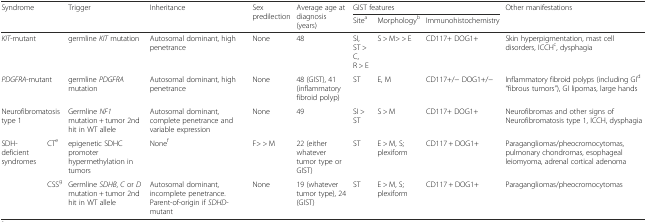
| <ROWSPAN=2-COLSPAN=2> Syndrome | <ROWSPAN=2> Trigger | <ROWSPAN=2> Inheritance | <ROWSPAN=2> Sex predilection | <ROWSPAN=2> Average age at diagnosis (years) | <COLSPAN=3> GIST features | <ROWSPAN=2> Other manifestations |
 | Sitea | Morphologyb | Immunohistochemistry |
 | --- | --- | --- | --- | --- | --- | --- | --- | --- | --- |
 | <COLSPAN=2> KIT-mutant | germline KIT mutation | Autosomal dominant, high penetrance | None | 48 | SI, ST > C, R > E | S > M> > E | CD117+ DOG1+ | Skin hyperpigmentation, mast cell disorders, ICCHc, dysphagia |
 | <COLSPAN=2> PDGFRA-mutant | germline PDGFRA mutation | Autosomal dominant, high penetrance | None | 48 (GIST), 41 (inflammatory fibroid polyp) | ST | E, M | CD117+/− DOG1+/− | Inflammatory fibroid polyps (including GId “fibrous tumors”), GI lipomas, large hands |
 | <COLSPAN=2> Neurofibromatosis type 1 | Germline NF1 mutation + tumor 2nd hit in WT allele | Autosomal dominant, complete penetrance and variable expression | None | 49 | SI > ST | S > M | CD117+ DOG1+ | Neurofibromas and other signs of Neurofibromatosis type 1, ICCH, dysphagia |
 | <ROWSPAN=2> SDH-deficient syndromes | CTe | epigenetic SDHC promoter hypermethylation in tumors | Nonef | F> > M | 22 (either whatever tumor type or GIST) | ST | E > M, S; plexiform | CD117 + DOG1+ | Paragangliomas/pheocromocytomas, pulmonary chondromas, esophageal leiomyoma, adrenal cortical adenoma |
 | CSSg | Germline SDHB, C or D mutation + tumor 2nd hit in WT allele | Autosomal dominant, incomplete penetrance. Parent-of-origin if SDHD-mutant | None | 19 (whatever tumor type), 24 (GIST) | ST | E > M, S; plexiform | CD117 + DOG1+ | Paragangliomas/pheocromocytomas |